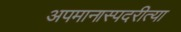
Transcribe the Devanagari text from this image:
अपमानास्पदरीत्या